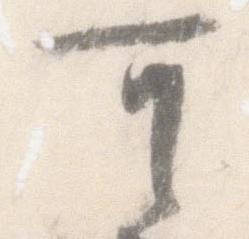
可